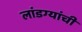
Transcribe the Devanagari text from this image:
लांडग्यांची